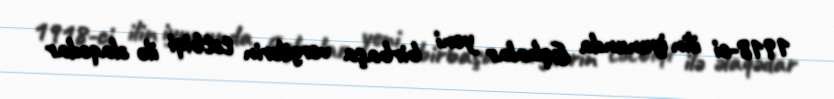
1918-ci ilin iyununda Eqbalar yeni birbaşa vergilərin tətbiqi ilə əlaqədar